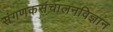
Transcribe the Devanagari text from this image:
संगणकसंचालनविज्ञान